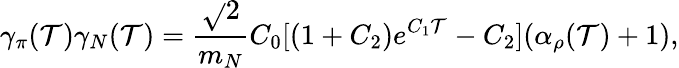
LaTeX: \gamma_{\pi}(\mathcal{T})\gamma_{N}(\mathcal{T})=\frac{{\sqrt{}{{2}}}}{{m_{N}}}C_{0}[(1+C_{2})e^{C_{1}\mathcal{T}}-C_{2}](\alpha_{\rho}(\mathcal{T})+1),